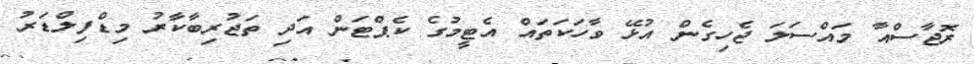
ރޮޖާސްއާ މައްސަލަ ޖެހިގެން އުޅޭ ވާހަކަތައް އެޓީމުގެ ކެޕްޓަން އަދި ތަޖުރިބާކާރު މިޑްފިލްޑަރު